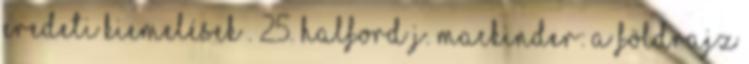
eredeti kiemelések . 25. Halford J. Mackinder: A földrajz